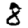
Digit: 8